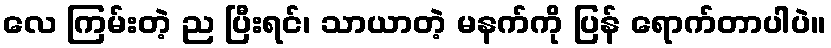
လေ ကြမ်းတဲ့ ည ပြီးရင်၊ သာယာတဲ့ မနက်ကို ပြန် ရောက်တာပါပဲ။